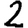
Digit: 2